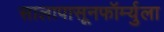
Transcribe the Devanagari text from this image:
सालापासूनफॉर्म्युला